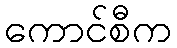
ကောင်စီက